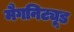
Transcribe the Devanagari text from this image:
मैगनिट्यूड